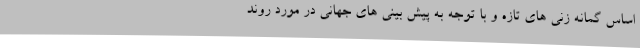
اساس گمانه زنی های تازه و با توجه به پیش بینی های جهانی در مورد روند